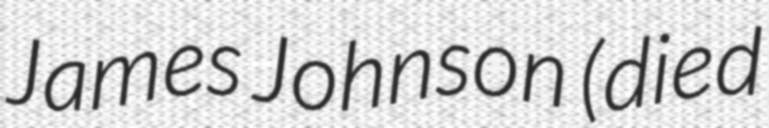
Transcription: James Johnson (died